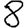
Digit: 8